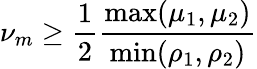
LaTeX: \nu_{m}\geq\frac{1}{2}\frac{\operatorname*{max}(\mu_{1},\mu_{2})}{\operatorname*{min}(\rho_{1},\rho_{2})}